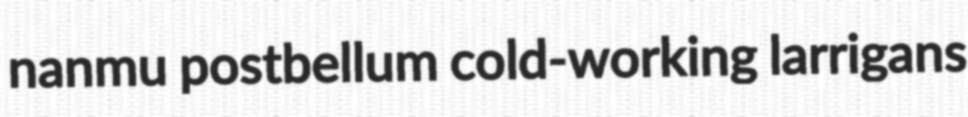
nanmu postbellum cold-working larrigans